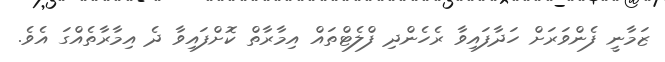
ޒަމާނީ ފެންވަރަށް ހަދާފައިވާ ރެހެންދި ފްލެޓްތައް އިމާރާތް ކޮށްފައިވާ ދެ އިމާރާތެއްގަ އެވެ.